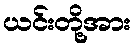
ယင်းတို့အား